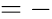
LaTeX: =-